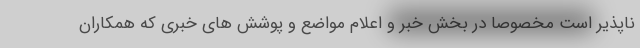
ناپذیر است مخصوصاً در بخش خبر و اعلام مواضع و پوشش های خبری که همکاران